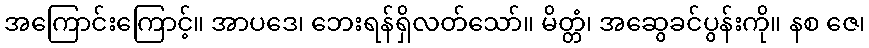
အကြောင်းကြောင့်။ အာပဒေ၊ ဘေးရန်ရှိလတ်သော်။ မိတ္တံ၊ အဆွေခင်ပွန်းကို။ နစ ဇေ၊